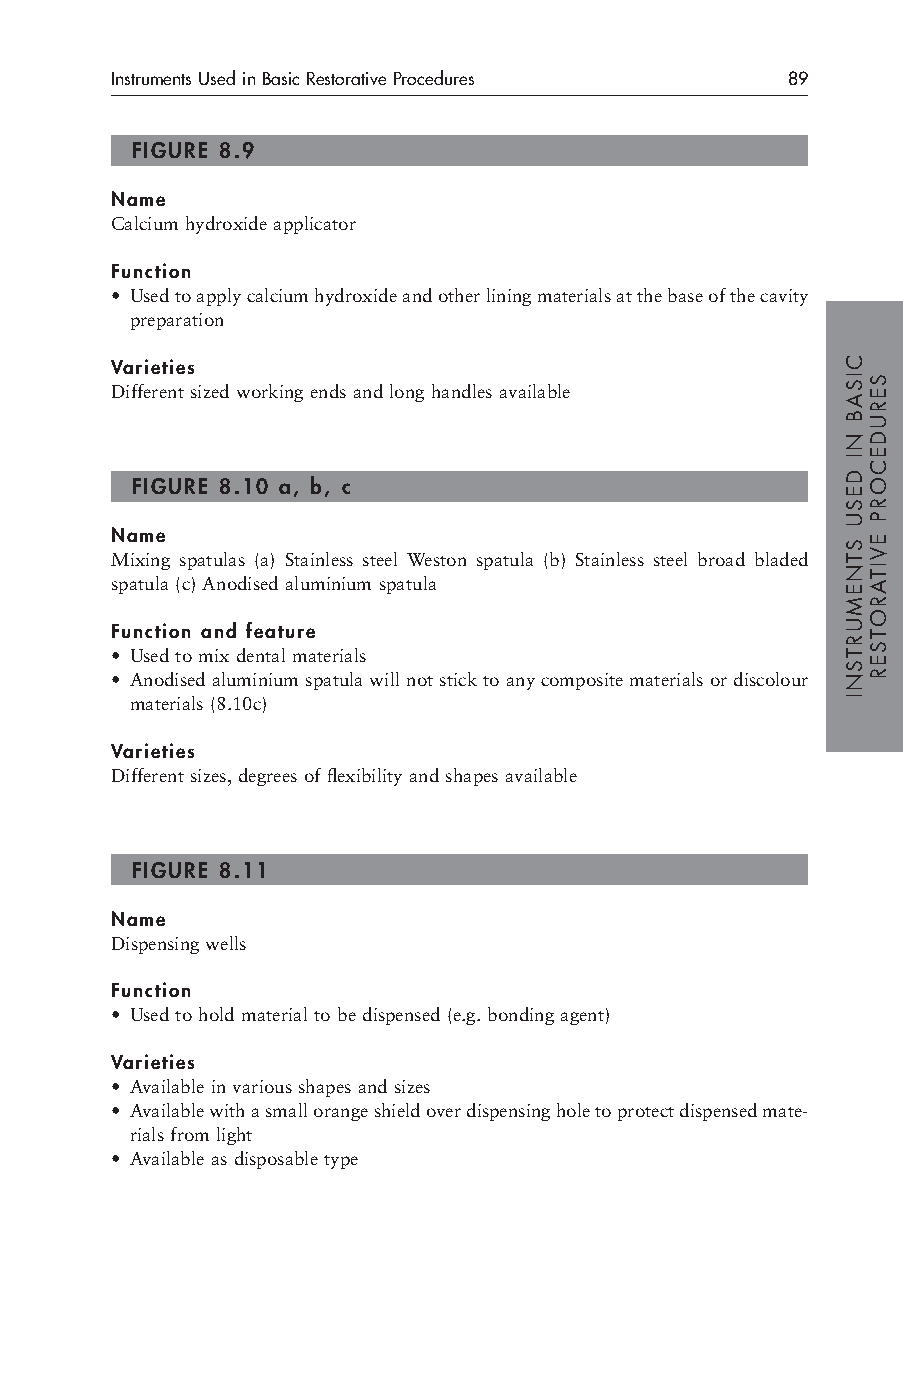
Instruments Used in Basic Restorative Procedures 89
 FIGURE 8.9
 Name
 Calcium hydroxide applicator
 Function
 • Used to apply calcium hydroxide and other lining materials at the base of the cavity
 preparation
 Varieties
 Different sized working ends and long handles available
 FIGURE 8.10 a, b, c
 Name
 Mixing spatulas (a) Stainless steel Weston spatula (b) Stainless steel broad bladed
 spatula (c) Anodised aluminium spatula
 Function and feature
 • Used to mix dental materials
 • Anodised aluminium spatula will not stick to any composite materials or discolour
 materials (8.10c)
 Varieties
 Different sizes, degrees of flexibility and shapes available
 FIGURE 8.11
 Name
 Dispensing wells
 Function
 • Used to hold material to be dispensed (e.g. bonding agent)
 Varieties
 • Available in various shapes and sizes
 • Available with a small orange shield over dispensing hole to protect dispensed mate-
 rials from light
 • Available as disposable type
 CISAB
 NI
 DESU
 STNEMURTSNI
 SERUDECORP
 EVITAROTSER